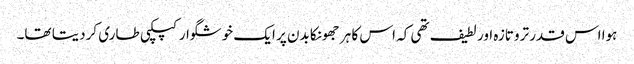
ہوا اس قدر تروتازہ اور لطیف تھی کہ اس کا ہر جھونکا بدن پر ایک خوشگوار کپکپی طاری کردیتا تھا۔